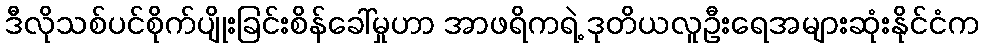
ဒီလိုသစ်ပင်စိုက်ပျိုးခြင်းစိန်ခေါ်မှုဟာ အာဖရိကရဲ့ ဒုတိယလူဦးရေအများဆုံးနိုင်ငံက